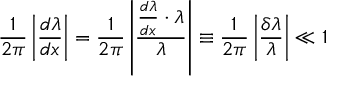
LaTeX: \frac { 1 } { 2 \pi } \left| \frac { d \lambda } { d x } \right| = \frac { 1 } { 2 \pi } \left| \frac { \frac { d \lambda } { d x } \cdot \lambda } { \lambda } \right| \equiv \frac { 1 } { 2 \pi } \left| \frac { \delta \lambda } { \lambda } \right| \ll 1